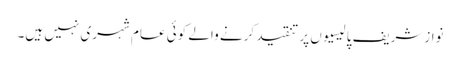
نوازشریف پالیسیوں پر تنقید کرنے والے کوئی عام شہری نہیں ہیں۔